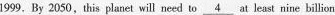
1999, By 2050,this planet will need to \underline{4} at least nine billion